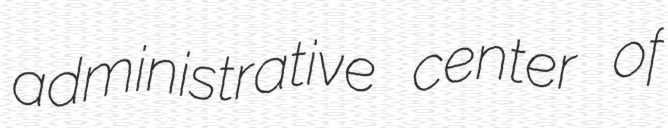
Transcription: administrative center of